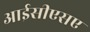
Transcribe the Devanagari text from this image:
आईसीएसए